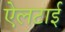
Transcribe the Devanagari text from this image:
ऐलटाई